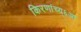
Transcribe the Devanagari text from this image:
किरणांच्य्६आ